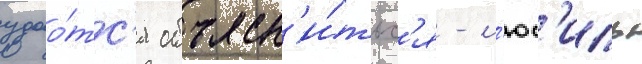
удао́тс'я объясн'и́тьс'я - л'юс'иль